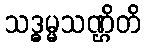
သဒ္ဓမ္မသဏ္ဌိတိ